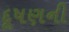
દૂષણની